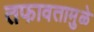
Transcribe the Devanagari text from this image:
तफावतामुळे